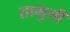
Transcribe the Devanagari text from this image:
तामुली